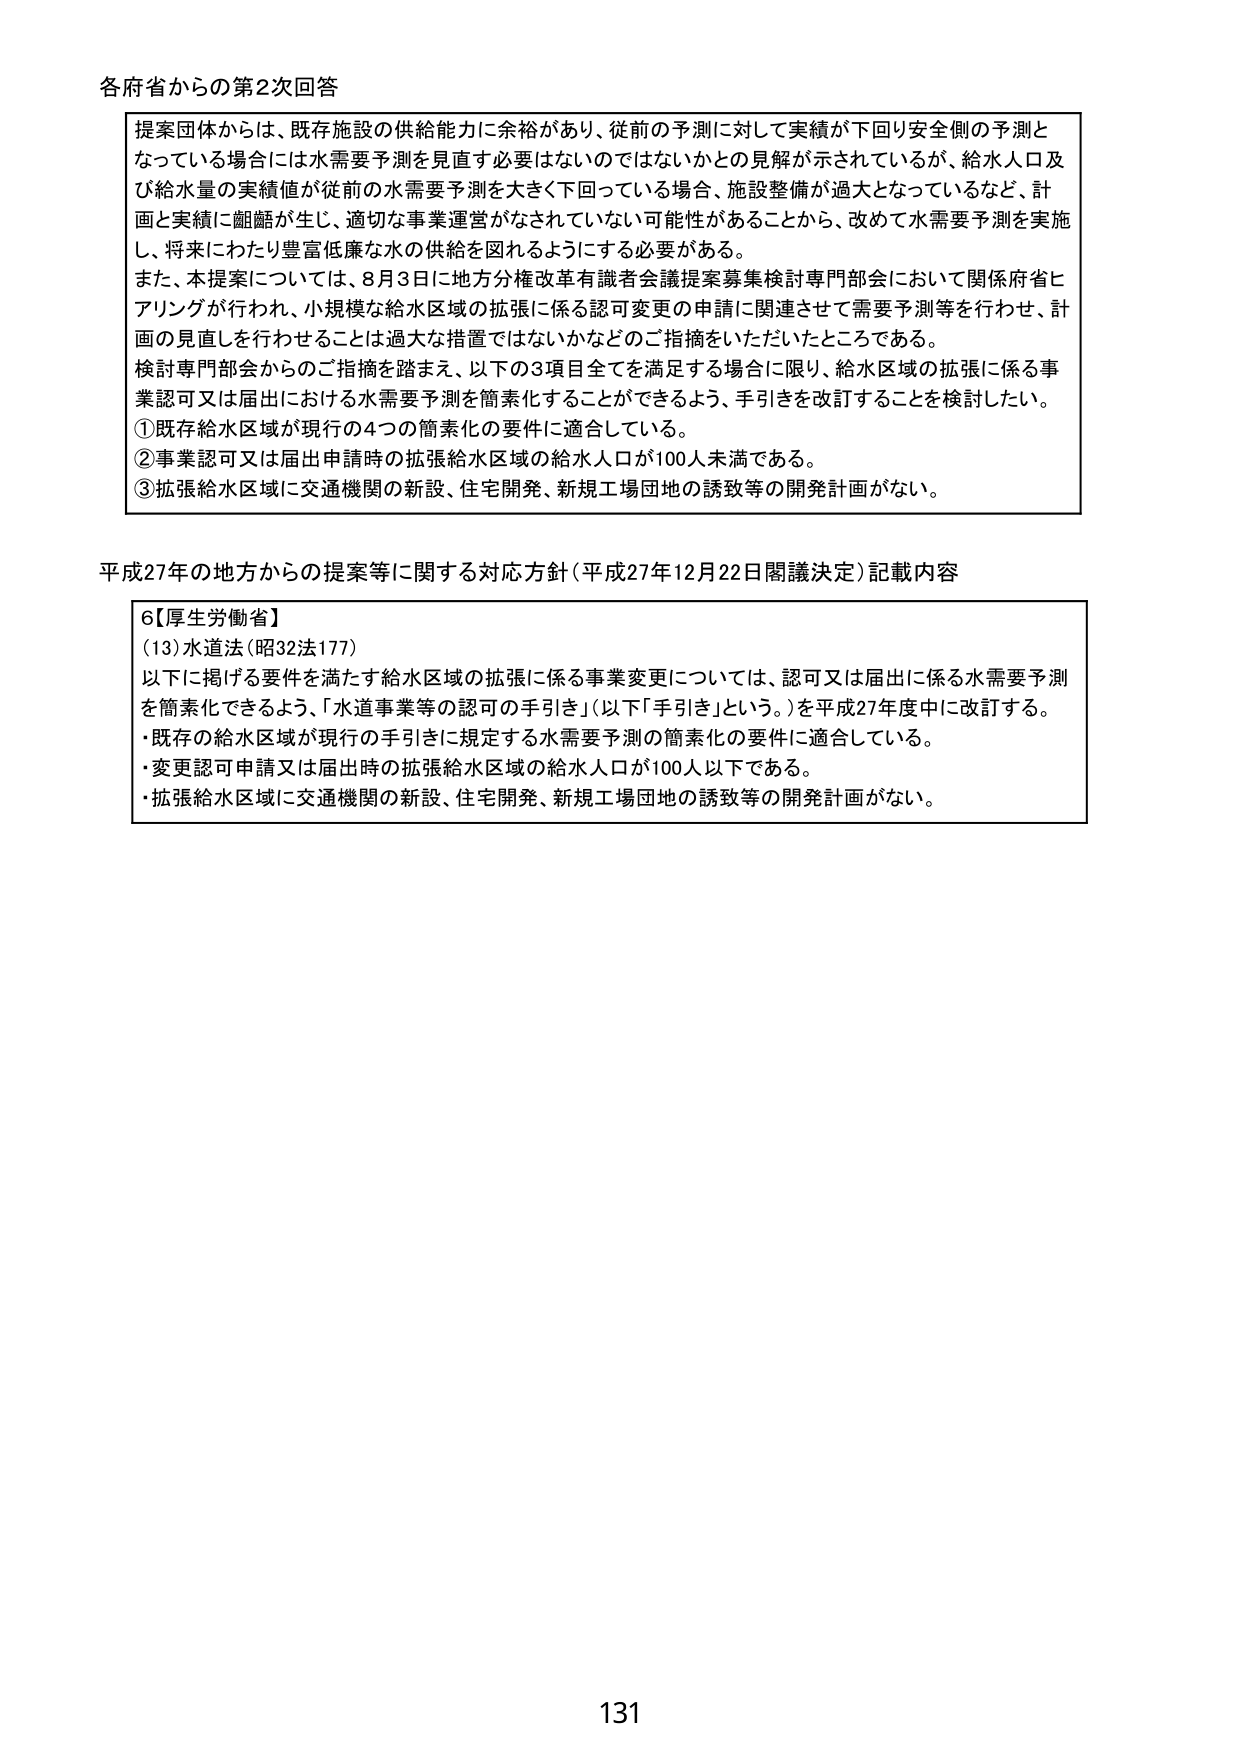
各府省からの第2次回答

提案団体からは、既存施設の供給能力に余裕があり、従前の予測に対して実績が下回り安全側の予測となっている場合には水需要予測を見直す必要はないのではないかとの見解が示されているが、給水人口及び給水量の実績値が従前の水需要予測を大きく下回っている場合、施設整備が過大となっているなど、計画と実績に齟齬が生じ、適切な事業運営がなされていない可能性があることから、改めて水需要予測を実施し、将来にわたり豊富低廉な水の供給を図れるようにする必要がある。

また、本提案については、8月3日に地方分権改革有識者会議提案募集検討専門部会において関係府省ヒアリングが行われ、小規模な給水区域の拡張に係る認可変更の申請に関連させて需要予測等を行わせ、計画の見直しを行わせることは過大な措置ではないかなどのご指摘をいただいたところである。

検討専門部会からのご指摘を踏まえ、以下の3項目全てを満足する場合に限り、給水区域の拡張に係る事業認可又は届出における水需要予測を簡素化することができるよう、手引きを改訂することを検討したい。

①既存給水区域が現行の4つの簡素化の要件に適合している。

②事業認可又は届出申請時の拡張給水区域の給水人口が100人未満である。

③拡張給水区域に交通機関の新設、住宅開発、新規工場団地の誘致等の開発計画がない。

平成27年の地方からの提案等に関する対応方針（平成27年12月22日閣議決定）記載内容

6【厚生労働省】
（13）水道法（昭32法177）
以下に掲げる要件を満たす給水区域の拡張に係る事業変更については、認可又は届出に係る水需要予測を簡素化できるよう、「水道事業等の認可の手引き」（以下「手引き」という。）を平成27年度中に改訂する。
・既存の給水区域が現行の手引きに規定する水需要予測の簡素化の要件に適合している。
・変更認可申請又は届出時の拡張給水区域の給水人口が100人以下である。
・拡張給水区域に交通機関の新設、住宅開発、新規工場団地の誘致等の開発計画がない。

131